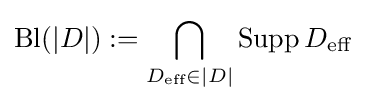
\operatorname {Bl} (|D|):=\bigcap _{D_{\text{eff}}\in |D|}\operatorname {Supp} D_{\text{eff}}\